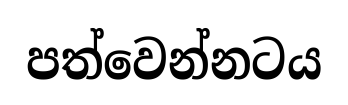
පත්වෙන්නටය